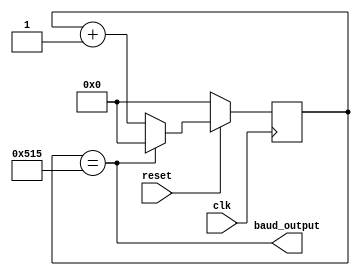
module tx_baud_counter (input clk,
                        input reset,
                        output baud_output);

    reg [10:0] count; // 11 bit register to count upto the baud rate
	
    // Output 1 when the baud target has been reached
	assign baud_output = (count == 11'd1301); // 1301 clk cycles at 20ns = 38400 bps baud rate

    always @(posedge clk) begin
        if (!reset) begin
            count <= 0; // Reset the count upon reset
        end
        else begin
            if (count == 1301) begin
                count <= 0; // Reset the count if the baud target has been reacher
            end
            else begin
                count <= count + 11'b1; // Increment the counter on every clk cycle
            end
        end
    end
endmodule